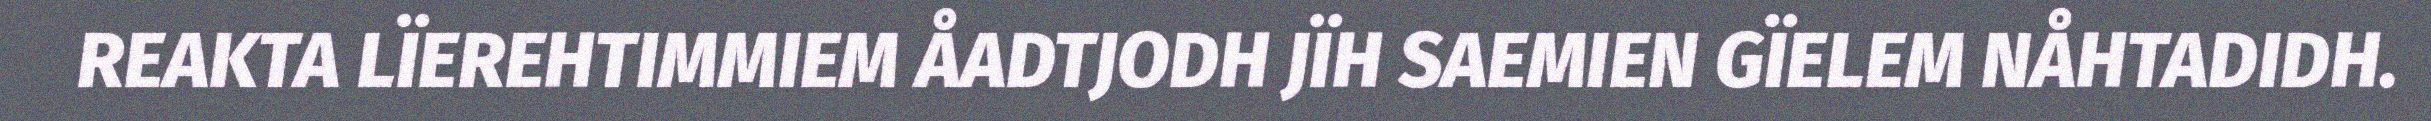
REAKTA LÏEREHTIMMIEM ÅADTJODH JÏH SAEMIEN GÏELEM NÅHTADIDH.